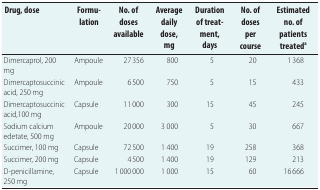
| Drug, dose | Formulation | No. of doses available | Average daily dose, mg | Duration of treatment, days | No. of doses per course | Estimated no. of patients treateda |
 | --- | --- | --- | --- | --- | --- | --- |
 | Dimercaprol, 200 mg | Ampoule | 27 356 | 800 | 5 | 20 | 1 368 |
 | Dimercaptosuccinic acid, 250 mg | Ampoule | 6 500 | 750 | 5 | 15 | 433 |
 | Dimercaptosuccinic acid,100 mg | Capsule | 11 000 | 300 | 15 | 45 | 245 |
 | Sodium calcium edetate, 500 mg | Ampoule | 20 000 | 3 000 | 5 | 30 | 667 |
 | Succimer, 100 mg | Capsule | 72 500 | 1 400 | 19 | 258 | 368 |
 | Succimer, 200 mg | Capsule | 4 500 | 1 400 | 19 | 129 | 213 |
 | D-penicillamine, 250 mg | Capsule | 1 000 000 | 1 000 | 15 | 60 | 16 666 |